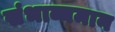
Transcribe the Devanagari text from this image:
संभाव्यमान